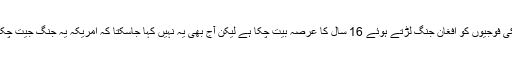
امریکی فوجیوں کو افغان جنگ لڑتے ہوئے 16 سال کا عرصہ بیت چکا ہے لیکن آج بھی یہ نہیں کہا جاسکتا کہ امریکہ یہ جنگ جیت چکا ہے۔